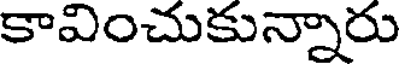
కావించుకున్నారు